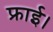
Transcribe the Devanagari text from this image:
फ्राई।